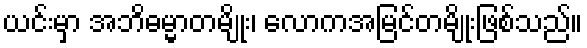
ယင်းမှာ အဘိဓမ္မာတမျိုး၊ လောကအမြင်တမျိုးဖြစ်သည်။